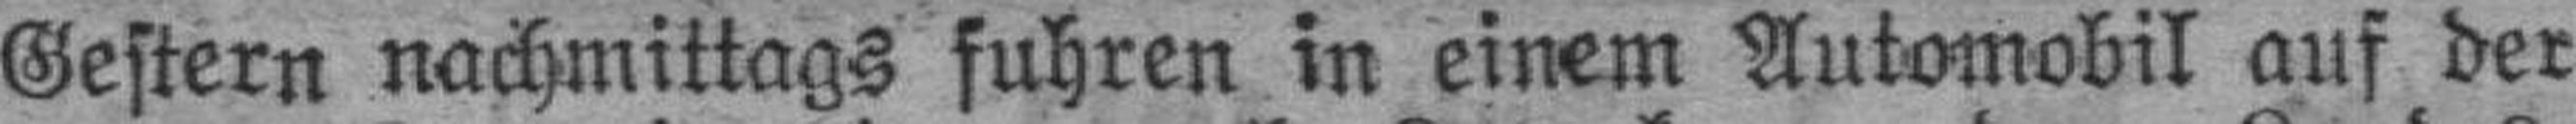
Gestern nachmittags fuhren in einem Automobil auf der